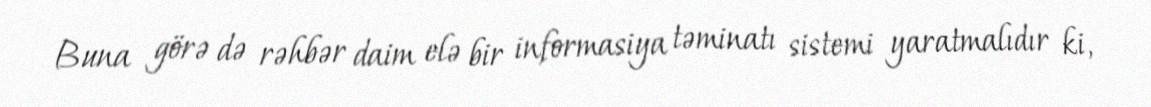
Buna görə də rəhbər daim elə bir informasiya təminatı sistemi yaratmalıdır ki,